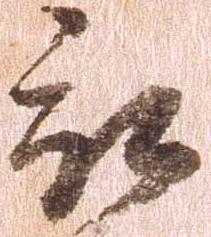
被